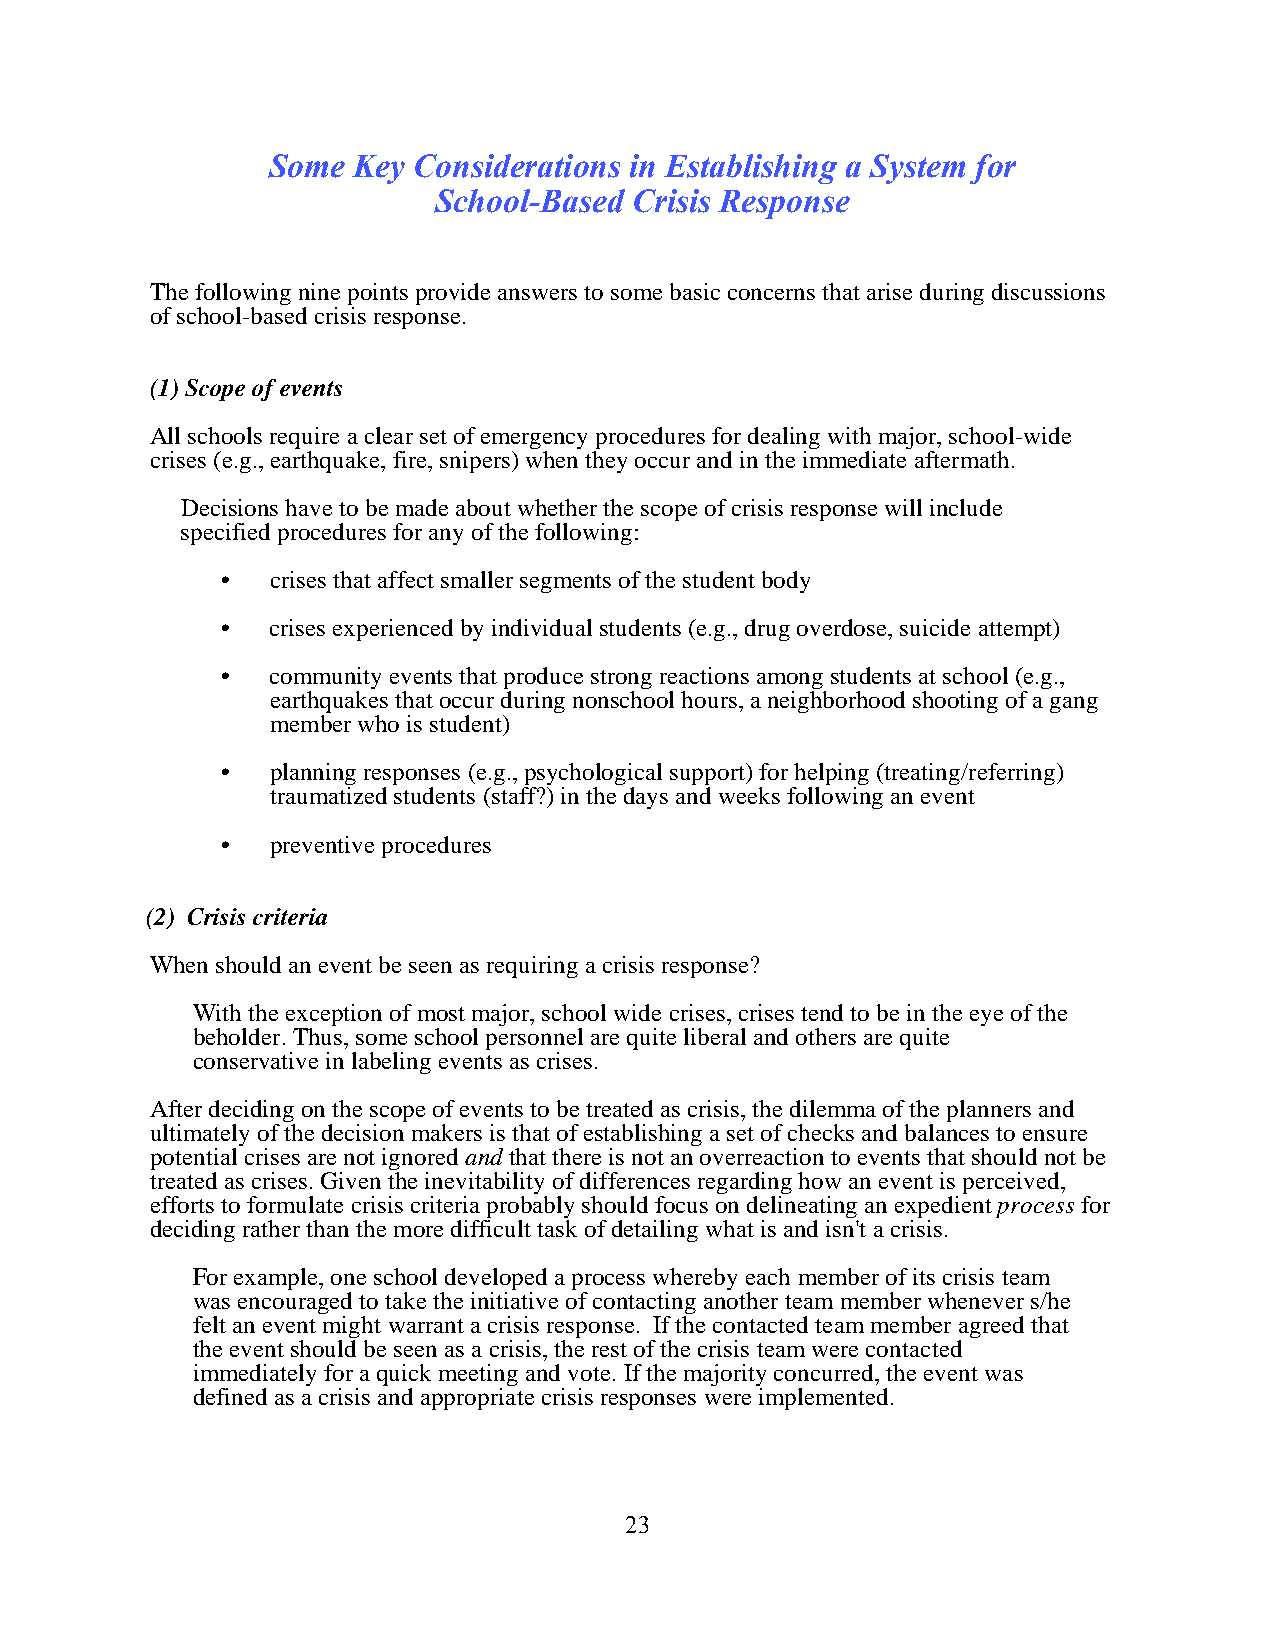
Some Key Considerations in Establishing a System for
 School-Based Crisis Response
 The following nine points provide answers to some basic concerns that arise during discussions
 of school-based crisis response.
 (1) Scope of events
 All schools require a clear set of emergency procedures for dealing with major, school-wide
 crises (e.g., earthquake, fire, snipers) when they occur and in the immediate aftermath.
 Decisions have to be made about whether the scope of crisis response will include
 specified procedures for any of the following:
 •  crises that affect smaller segments of the student body
 •  crises experienced by individual students (e.g., drug overdose, suicide attempt)
 •  community events that produce strong reactions among students at school (e.g.,
 earthquakes that occur during nonschool hours, a neighborhood shooting of a gang
 member who is student)
 •  planning responses (e.g., psychological support) for helping (treating/referring)
 traumatized students (staff?) in the days and weeks following an event
 •  preventive procedures
 (2) Crisis criteria
 When should an event be seen as requiring a crisis response?
 With the exception of most major, school wide crises, crises tend to be in the eye of the
 beholder. Thus, some school personnel are quite liberal and others are quite
 conservative in labeling events as crises.
 After deciding on the scope of events to be treated as crisis, the dilemma of the planners and
 ultimately of the decision makers is that of establishing a set of checks and balances to ensure
 potential crises are not ignored and that there is not an overreaction to events that should not be
 treated as crises. Given the inevitability of differences regarding how an event is perceived,
 efforts to formulate crisis criteria probably should focus on delineating an expedient process for
 deciding rather than the more difficult task of detailing what is and isn't a crisis.
 For example, one school developed a process whereby each member of its crisis team
 was encouraged to take the initiative of contacting another team member whenever s/he
 felt an event might warrant a crisis response. If the contacted team member agreed that
 the event should be seen as a crisis, the rest of the crisis team were contacted
 immediately for a quick meeting and vote. If the majority concurred, the event was
 defined as a crisis and appropriate crisis responses were implemented.
 23